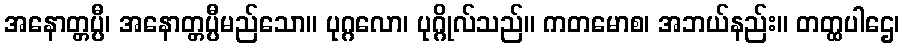
အနောတ္တပ္ပီ၊ အနောတ္တပ္ပီမည်သော။ ပုဂ္ဂလော၊ ပုဂ္ဂိုလ်သည်။ ကတမောစ၊ အဘယ်နည်း။ တတ္ထပါဌေ၊